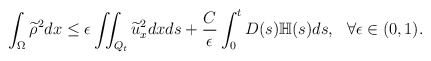
\begin{align*} \int_\Omega \widetilde{\rho}^2dx\leq \epsilon\iint_{Q_t} \widetilde{u}_x^2dxds+\frac{C}{\epsilon}\int_0^tD(s)\mathbb{H}(s)ds,~~ \forall \epsilon \in (0, 1). \end{align*}